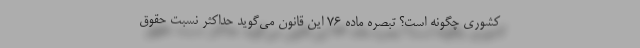
کشوری چگونه است؟ تبصره ماده ۷۶ این قانون می‌گوید حداکثر نسبت حقوق